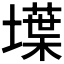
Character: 𡑢